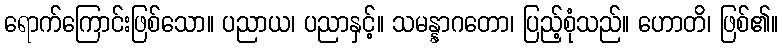
ရောက်ကြောင်းဖြစ်သော။ ပညာယ၊ ပညာနှင့်။ သမန္နာဂတော၊ ပြည့်စုံသည်။ ဟောတိ၊ ဖြစ်၏။